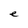
Character: e